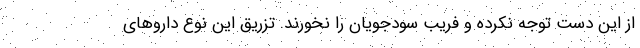
از این دست توجه نکرده و فریب سودجویان را نخورند. تزریق این نوع داروهای